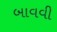
બાવવી